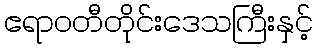
ဧရာဝတီတိုင်းဒေသကြီးနှင့်